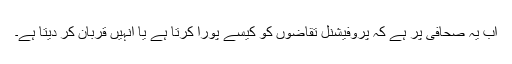
اب یہ صحافی پر ہے کہ پروفیشنل تقاضوں کو کیسے پورا کرتا ہے یا انہیں قربان کر دیتا ہے۔